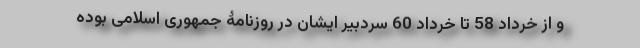
و از خرداد 58 تا خرداد 60 سردبیر ایشان در روزنامۀ جمهوری اسلامی بوده